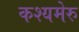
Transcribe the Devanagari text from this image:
कश्यमेरु